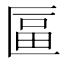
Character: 𠥏